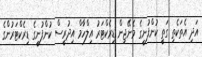
އަދި އެތަކެތި ގަތީ ކުންފުނީގެ މެނޭޖިން ޑިރެކްޓަރު އިލްހާމް އިދުރީސް ކުންފުނީގެ ޑިރެކްޓަރުންގެ